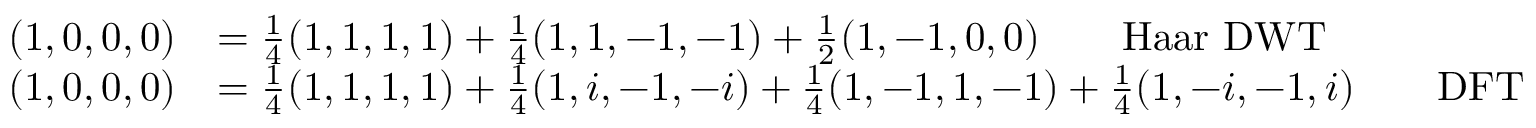
{ \begin{array} { r l } { ( 1 , 0 , 0 , 0 ) } & { = { \frac { 1 } { 4 } } ( 1 , 1 , 1 , 1 ) + { \frac { 1 } { 4 } } ( 1 , 1 , - 1 , - 1 ) + { \frac { 1 } { 2 } } ( 1 , - 1 , 0 , 0 ) \qquad { \mathrm { H a a r ~ D W T } } } \\ { ( 1 , 0 , 0 , 0 ) } & { = { \frac { 1 } { 4 } } ( 1 , 1 , 1 , 1 ) + { \frac { 1 } { 4 } } ( 1 , i , - 1 , - i ) + { \frac { 1 } { 4 } } ( 1 , - 1 , 1 , - 1 ) + { \frac { 1 } { 4 } } ( 1 , - i , - 1 , i ) \qquad { \mathrm { D F T } } } \end{array} }